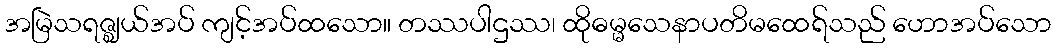
အမြဲသရဇ္ဈယ်အပ် ကျင့်အပ်ထသော။ တဿပါဌဿ၊ ထိုဓမ္မသေနာပတိမထေရ်သည် ဟောအပ်သော